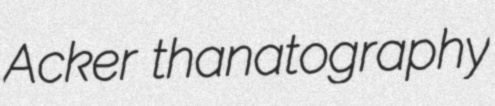
Acker thanatography